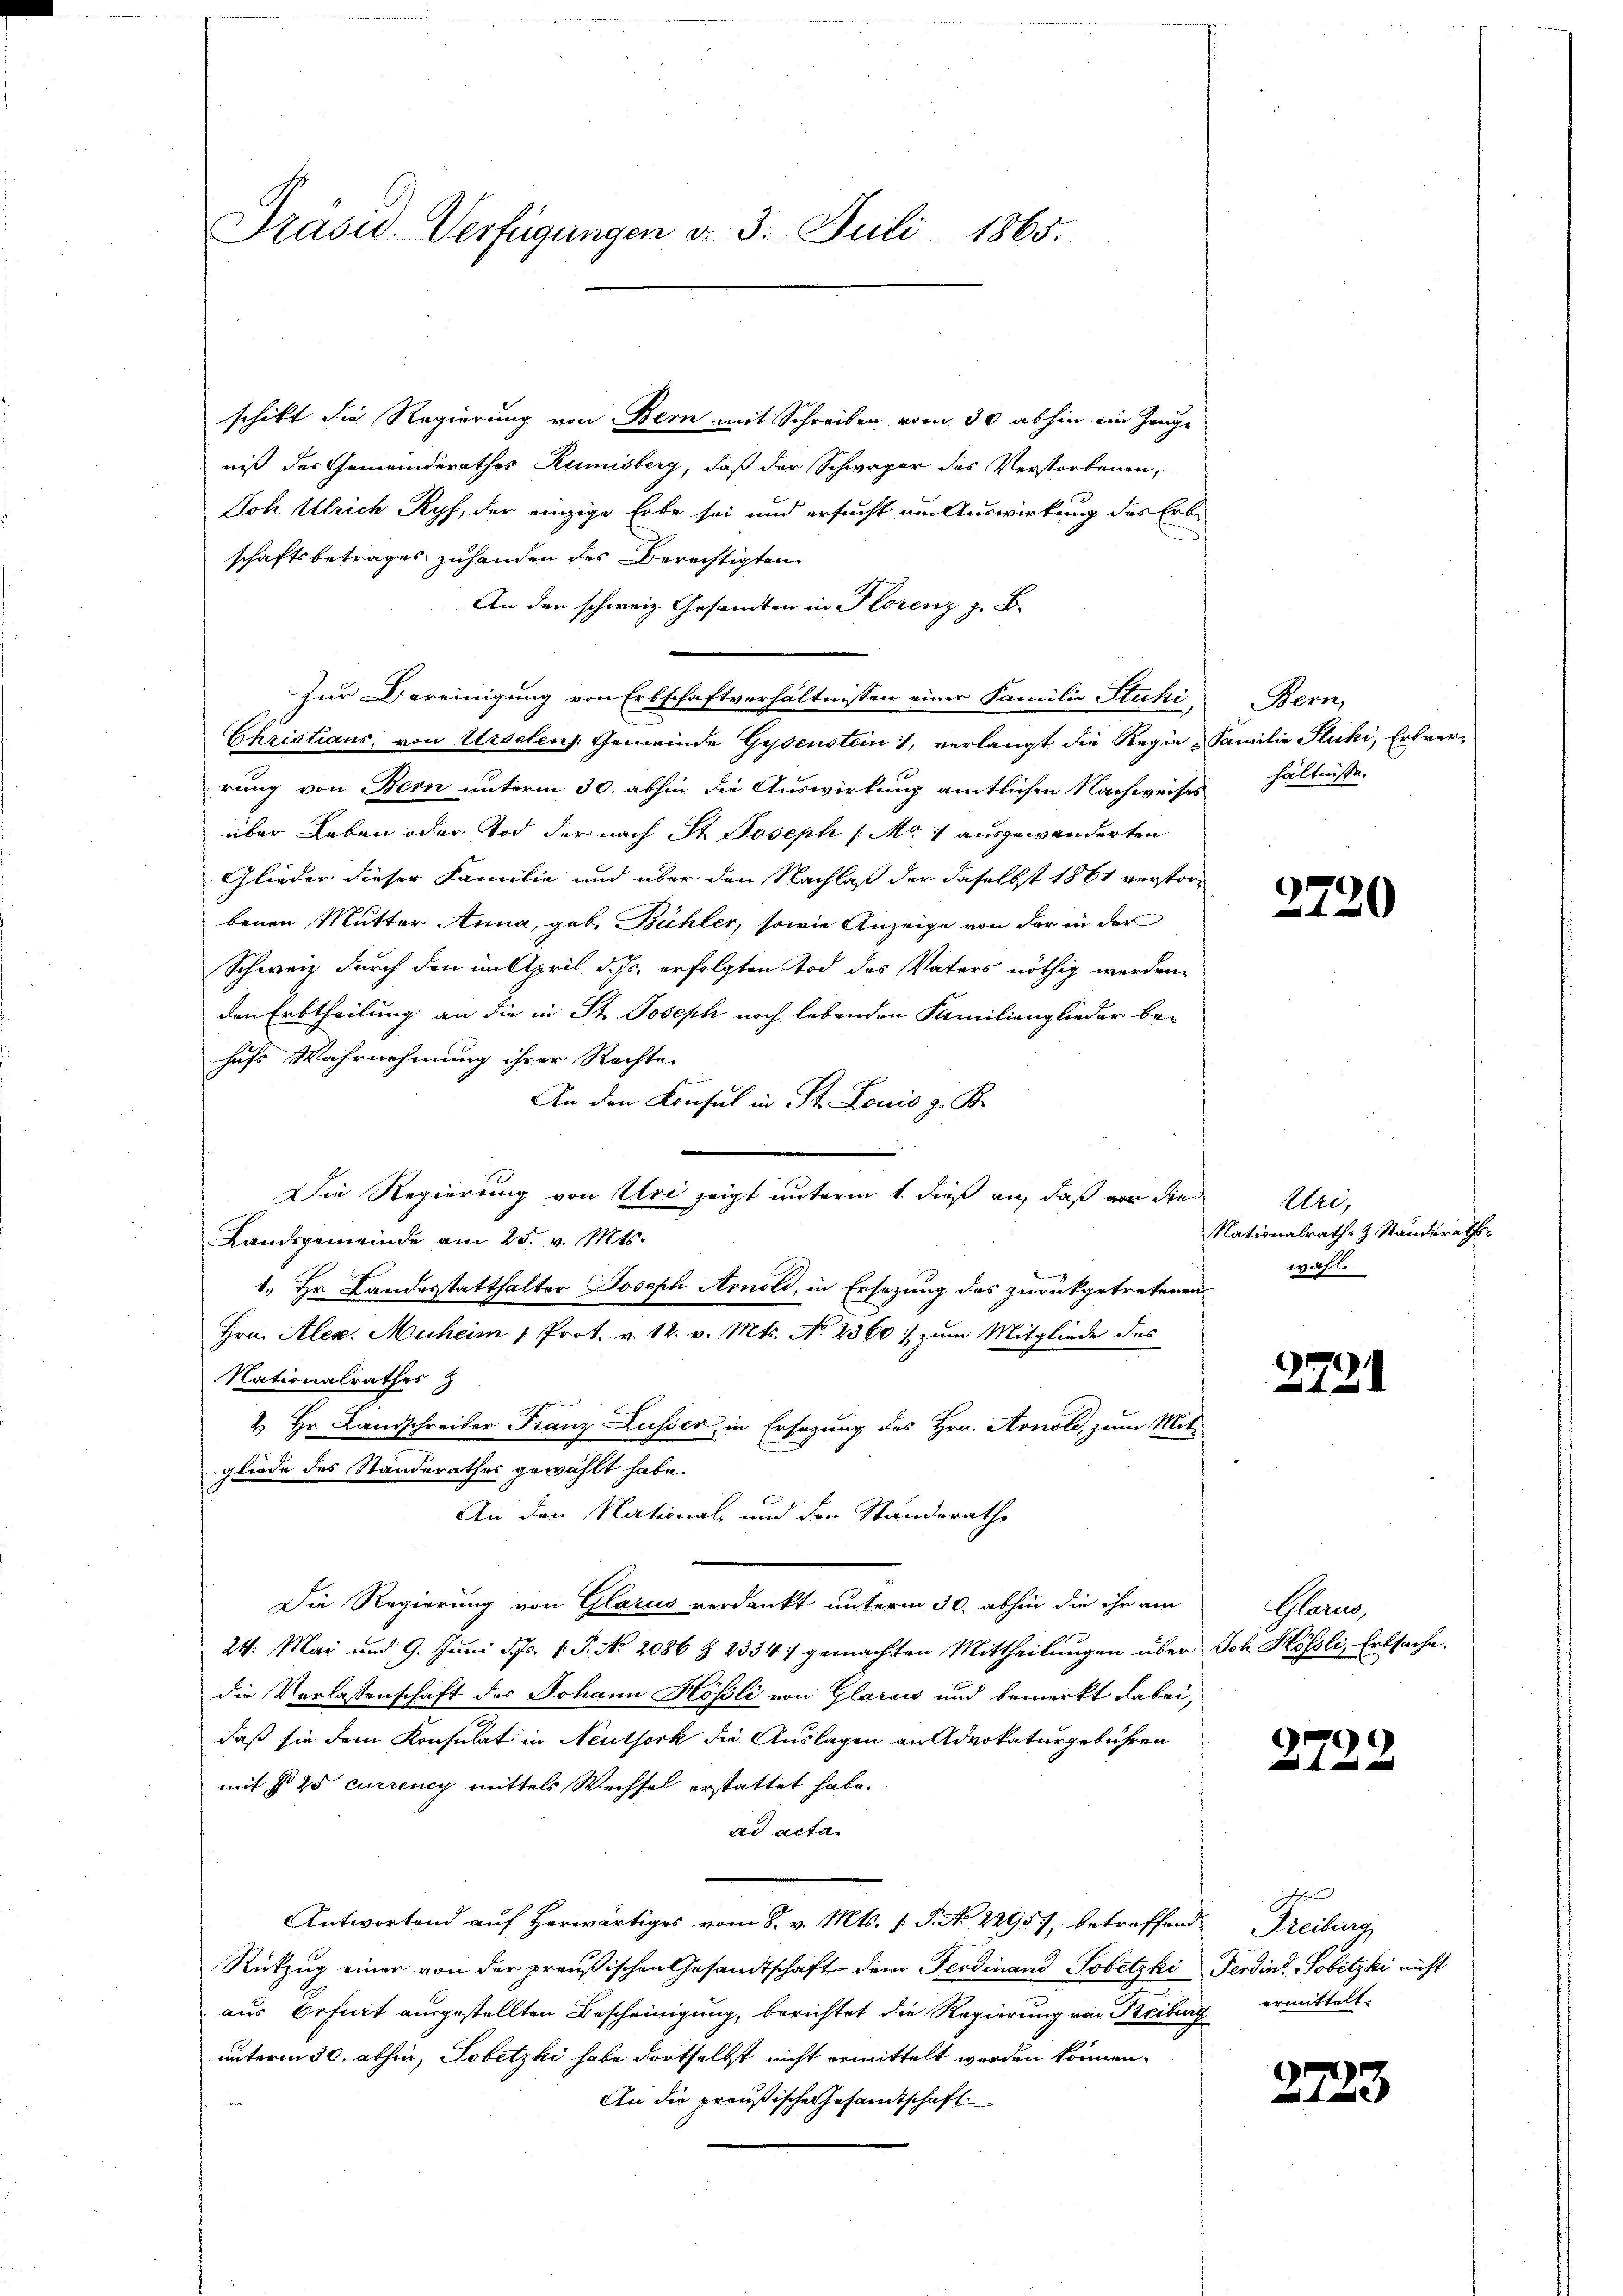
Präsid. Verfügungen d. 3. Juli 1865.

schikt die Regierung von Bern mit Schreiben vom 30 abhin ein Zeuge
niß des Gemeinderathes Rumisberg, daß der Schwager des Verstorbenen,
Joh. Ulrich Ryf, der einzige Erbe sei und ersucht am Auswirkung des Erbschaftsbetrages zuhanden des Berechtigten.
An den schweiz. Gesandten in Florenz zu B
Zur Vereinigung von Erbschaftverhältnissen einer Familie Stucki,
Christians, von Urselen. Gemeinde Gysenstein, verlangt die Regie- Familie Stucki, Erbverrung von Bern unterm 30. abhin die Auswirkung amtlichen Nachweises
über Leben oder Tod der nach St. Joseph (Mo. 1 ausgewanderten
Glieder dieser Familie und über den Nachlaß der daselbst 1861 verstorbenen Mutter Anna, geb. Bähler, sowie Anzeige von der in der
Schweiz durch den in April d. Js. erfolgten Tod des Vaters nöthig werden,
den Erbtheilung an die in St. Joseph noch lebenden Familienglieder be-
hufs Wahrnehmung ihrer Rechte
An den Konsul in St. Louis z. B.
Die Regierung von Uri zeigt unterm 1. dieß an, daß von die
Landsgemeinde am 25. v. Mts.
1. Hr. Landesstatthalter Joseph Arnold, in Ersezung des zurückgetretenen
Hrn. Alex. Muheim 1 Prot. v. 12. v. Mts. No 2360. zum Mitgliede des
Nationalrathes
4. Hr. Landschreiber Franz Lusser, in Ersezung des Hrn. Arnold, zum Mit-
gliede des Standerathes gewählt habe.
An den National- und den Standerathe
Die Regierung von Glarus verdankt unterm 30. abhin die ihr am
24. Mai und 9. Juni d. Js. 1. P. No. 2086 § 2334/ gemachten Mittheilungen über Joh. Hössli, Erbsache.
die Verlassenschaft des Johann Hösli von Glaraić und bemerkt dabei,
daß sie dem Konsulat in Neuthork die Auslagen an Advokaturgebühren
mit § 25 currency mittels Wechsel erstattet habe.
ad acta
Antwortend aŭf herwärtiges vom 8. v. Mts. s. S. No 22957, betreffend Freiburg
Rükzug einer von der preußischen Gesandtschaft dem Ferdinand Tobetzki Ferdin. Sobetzki nicht
aus Befurt ausgestellten Bescheinigung, berichtet die Regierung von Freiburg ermittelt
unterm 30. abhin, Tobetzki habe dortselbst nicht ermittelt werden können.
An die preußische Gesamtschaft.

Bern,
hältnisse.

Uri,
Nationalrathe z. Standeraths-
wahl.

3721

Glann,

2722

27.

2720

3